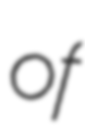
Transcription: of